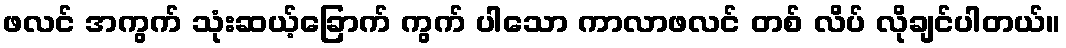
ဖလင် အကွက် သုံးဆယ့်ခြောက် ကွက် ပါသော ကာလာဖလင် တစ် လိပ် လိုချင်ပါတယ်။